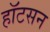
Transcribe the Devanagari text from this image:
हॉटसन